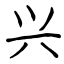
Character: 兴